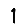
Digit: 1